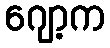
ဂျော့က